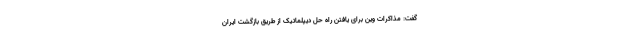
گفت: مذاکرات وین برای یافتن راه حل دیپلماتیک از طریق بازگشت ایران